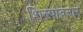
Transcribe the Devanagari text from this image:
शिल्पावतार